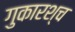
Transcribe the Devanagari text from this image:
गुकारश्च